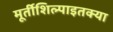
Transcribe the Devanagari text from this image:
मूर्तीशिल्पाइतक्या